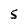
Character: 5